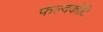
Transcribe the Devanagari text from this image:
फल्दकोटि